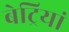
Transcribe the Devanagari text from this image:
बेट्रियां